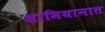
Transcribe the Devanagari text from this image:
शामियानात